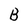
Character: B